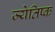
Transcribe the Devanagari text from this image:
ज्येतिष्क